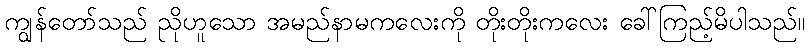
ကျွန်တော်သည် ညိုဟူသော အမည်နာမကလေးကို တိုးတိုးကလေး ခေါ်ကြည့်မိပါသည်။